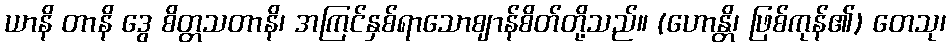
ယာနိ တာနိ ဒွေ စိတ္တသတာနိ၊ အကြင်နှစ်ရာသောဈာန်စိတ်တို့သည်။ (ဟောန္တိ၊ ဖြစ်ကုန်၏) တေသု၊